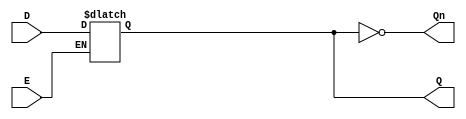
module async_gated_latch (
    input wire D,       // Data input
    input wire E,       // Enable/control signal
    output reg Q,       // Output
    output wire Qn      // Inverted output
);

// Inverted output
assign Qn = ~Q;

// Always block for asynchronous behavior
always @(*) begin
    if (E) begin
        Q = D;  // When E is high, Q follows D
    end
    // When E is low, Q retains its previous state
end

// Initial block for initialization
initial begin
    Q = 1'b0; // Initialize Q to 0 (can be changed as needed)
end

endmodule